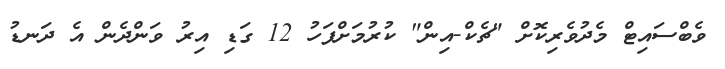
ވެބްސައިޓް މެދުވެރިކޮށް "ޗެކް-އިން" ކުރުމަށްފަހު 12 ގަޑި އިރު ވަންދެން އެ ދަނޑު